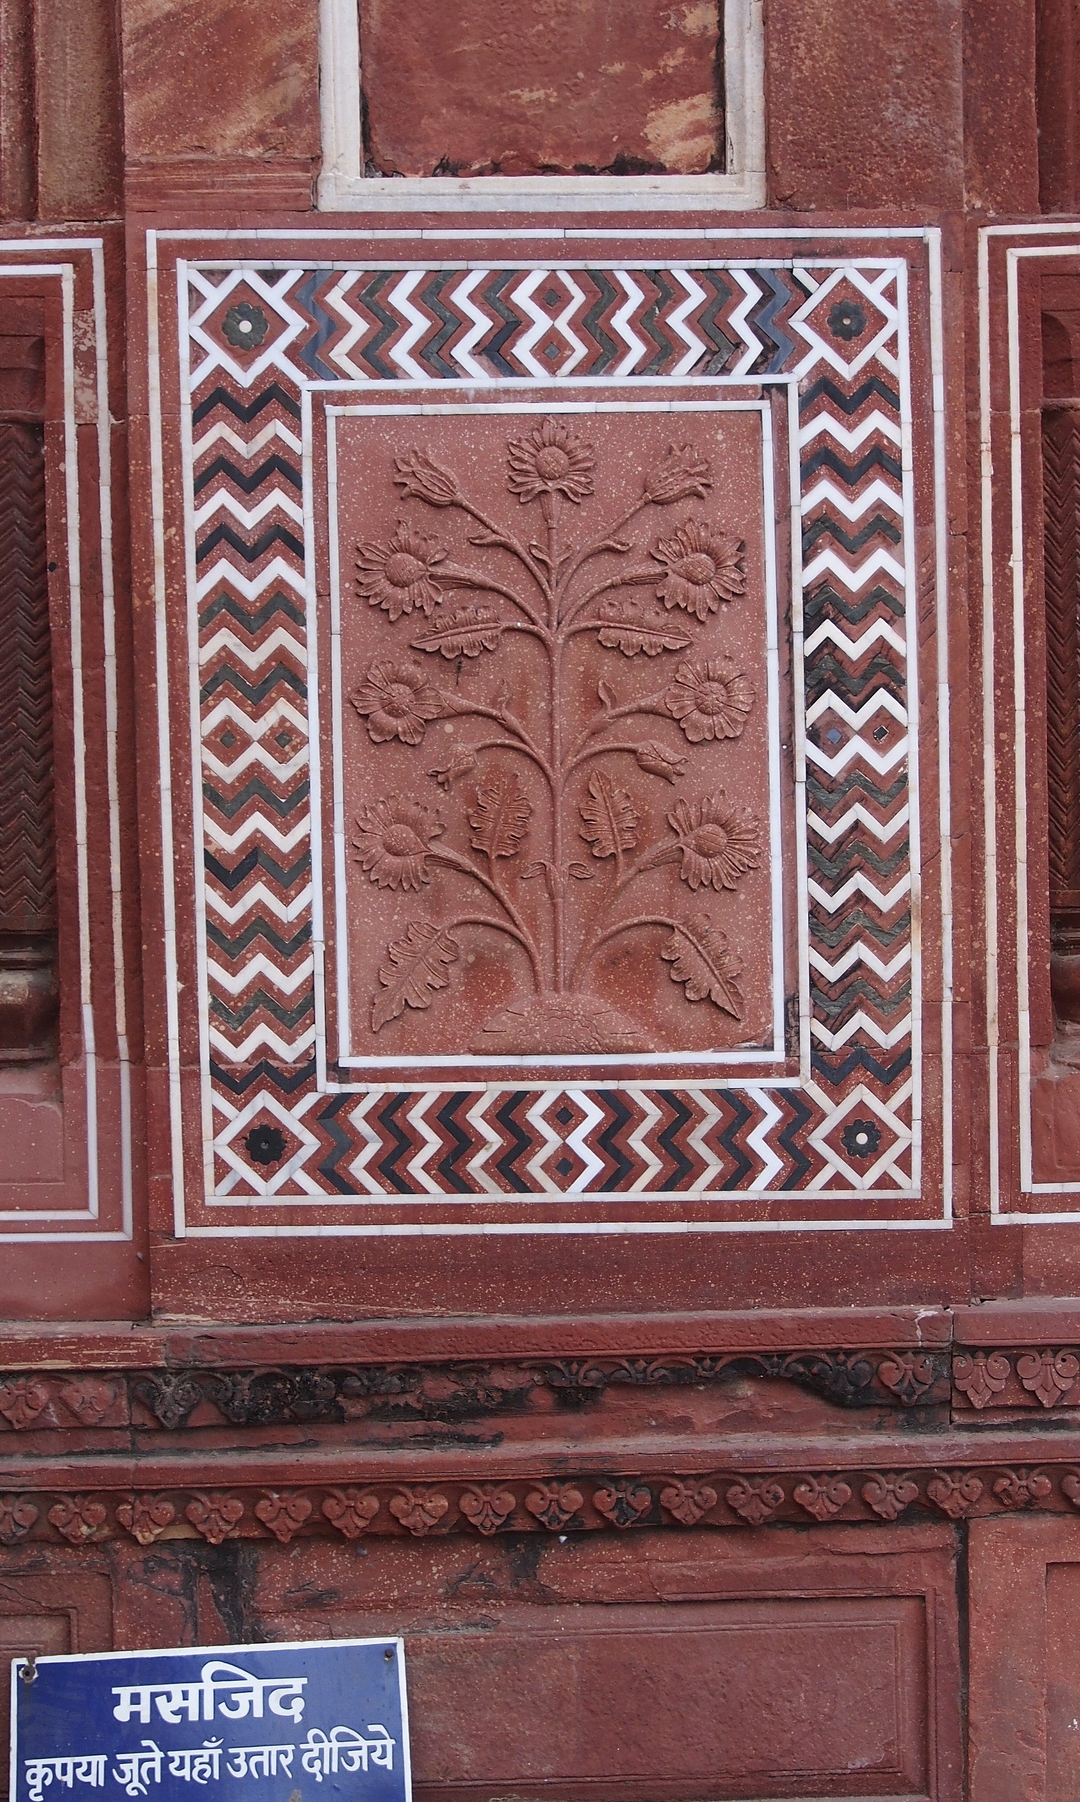
Language: hindi
Transcription: दीजिये कृपया यहा उतार जूते मसजिद